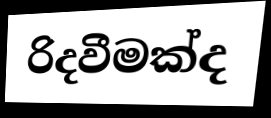
රිදවීමක්ද